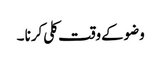
وضوکےوقت کلی کرنا ۔